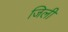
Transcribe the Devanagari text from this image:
जिली